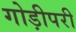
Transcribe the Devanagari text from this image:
गोड़ीपरी